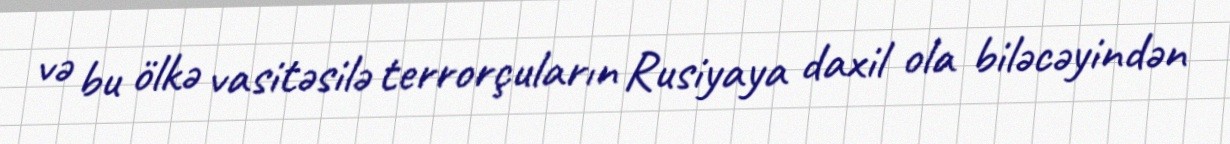
və bu ölkə vasitəsilə terrorçuların Rusiyaya daxil ola biləcəyindən